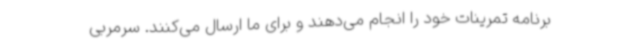
برنامه تمرینات خود را انجام می‌دهند و برای ما ارسال می‌کنند. سرمربی